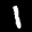
Label: 1